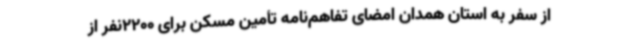
از سفر به استان همدان امضای تفاهم‌نامه تأمین مسکن برای 2200نفر از